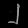
Digit: ၂